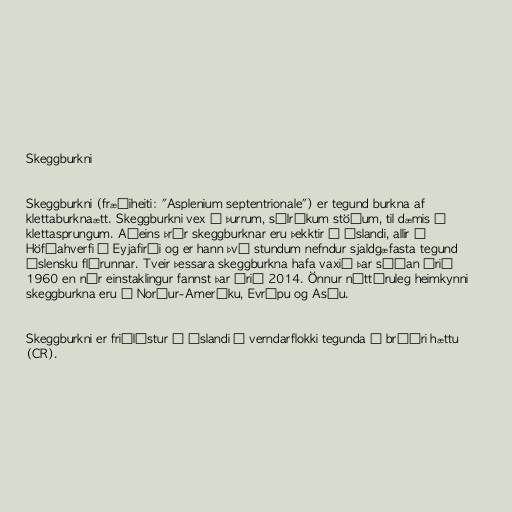
Skeggburkni

Skeggburkni (fræðiheiti: "Asplenium septentrionale") er tegund burkna af
klettaburknaætt. Skeggburkni vex á þurrum, sólríkum stöðum, til dæmis í
klettasprungum. Aðeins þrír skeggburknar eru þekktir á Íslandi, allir í
Höfðahverfi í Eyjafirði og er hann því stundum nefndur sjaldgæfasta tegund
íslensku flórunnar. Tveir þessara skeggburkna hafa vaxið þar síðan árið
1960 en nýr einstaklingur fannst þar árið 2014. Önnur náttúruleg heimkynni
skeggburkna eru í Norður-Ameríku, Evrópu og Asíu.

Skeggburkni er friðlýstur á Íslandi í verndarflokki tegunda í bráðri hættu
(CR).